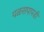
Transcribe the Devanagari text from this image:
पळसपापडी